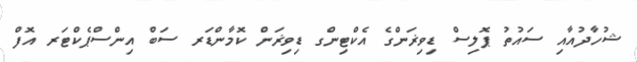
ޝުހާދުއާއި ސައުތު ޕޮލިސް ޑިވިޜަންގެ އެކްޓިންގ ޑިވިޜަން ކޮމާންޑަރ ސަބް އިންސްޕެކްޓަރ އޮފް